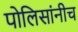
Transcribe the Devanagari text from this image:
पोलिसांनीच